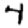
Digit: 4